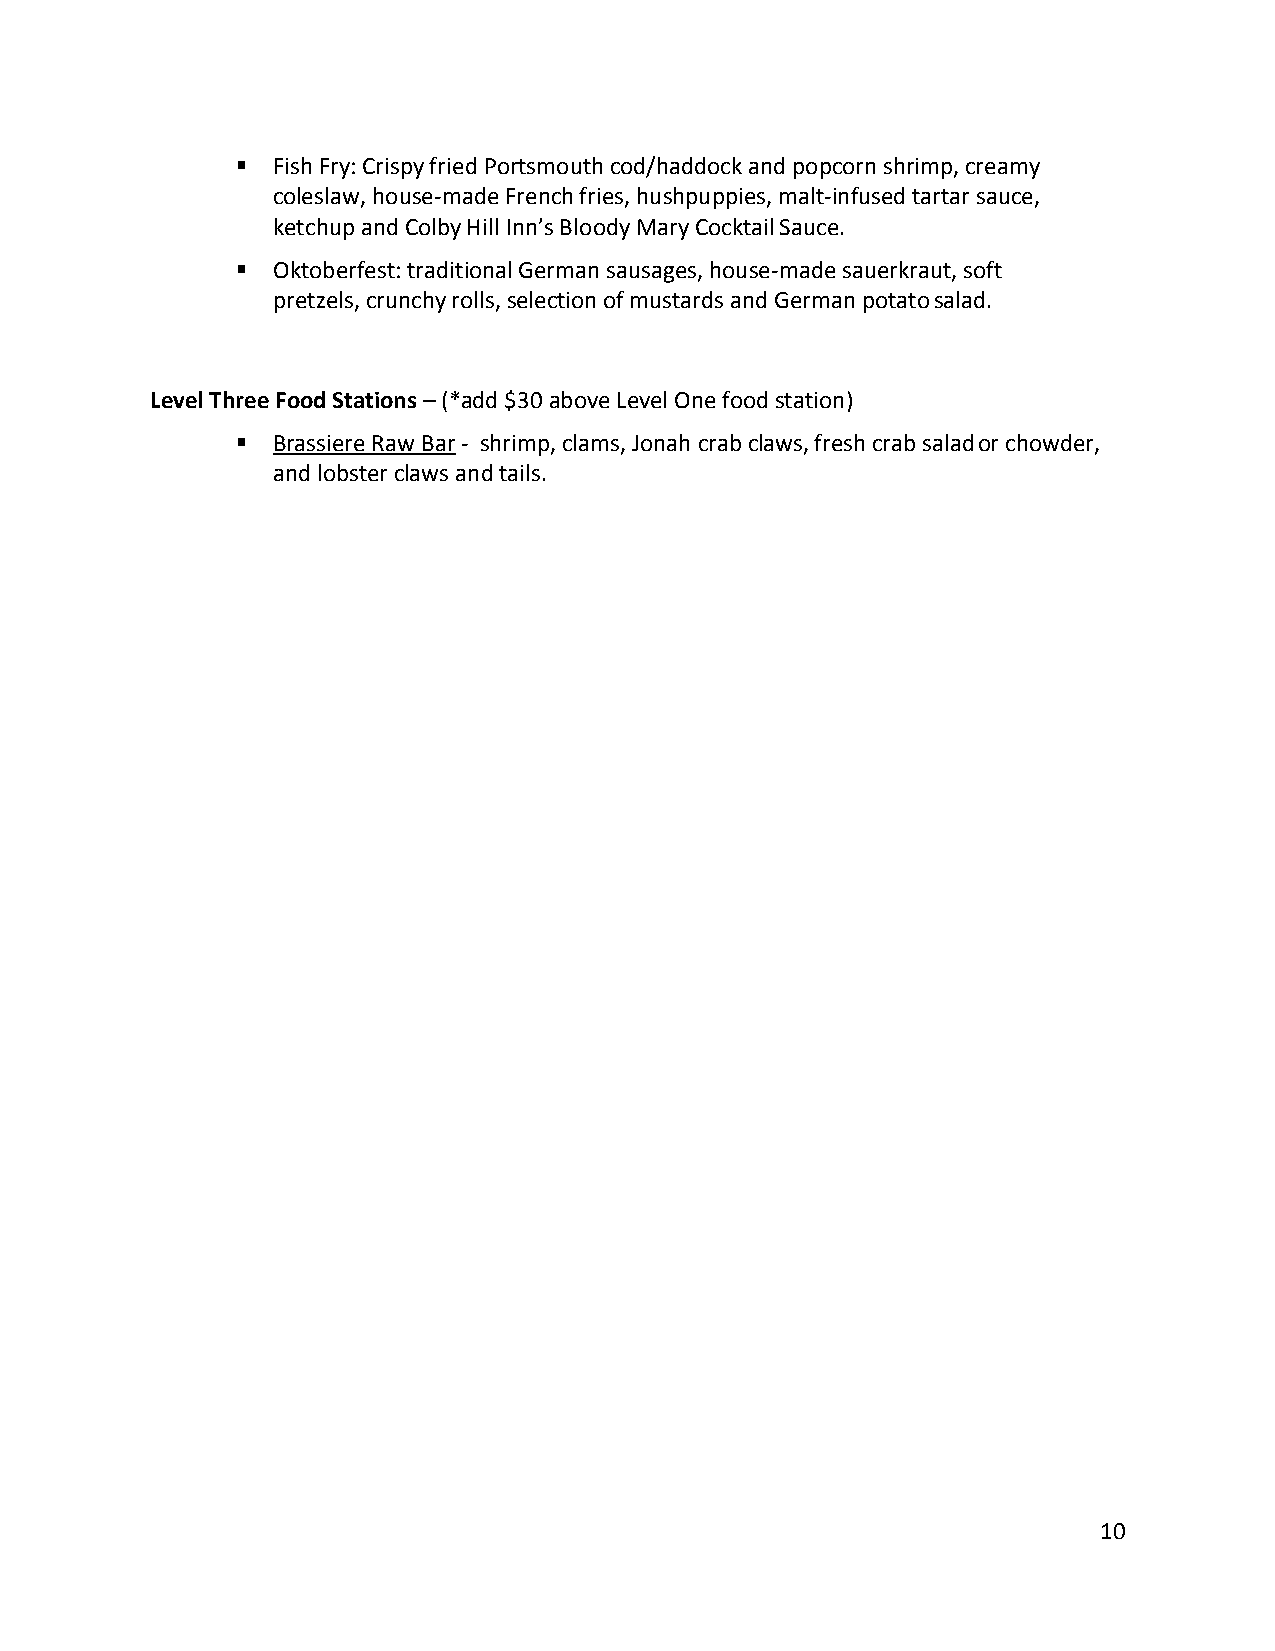
▪ Fish Fry: Crispy fried Portsmouth cod/haddock and popcorn shrimp, creamy
 coleslaw, house-made French fries, hushpuppies, malt-infused tartar sauce,
 ketchup and Colby Hill Inn’s Bloody Mary Cocktail Sauce.
 ▪ Oktoberfest: traditional German sausages, house-made sauerkraut, soft
 pretzels, crunchy rolls, selection of mustards and German potato salad.
 Level Three Food Stations – (*add $30 above Level One food station)
 ▪ Brassiere Raw Bar - shrimp, clams, Jonah crab claws, fresh crab salad or chowder,
 and lobster claws and tails.
 10